Lunatic asylums Punjab 1868-1880 - 1868-1880
Year: 1868
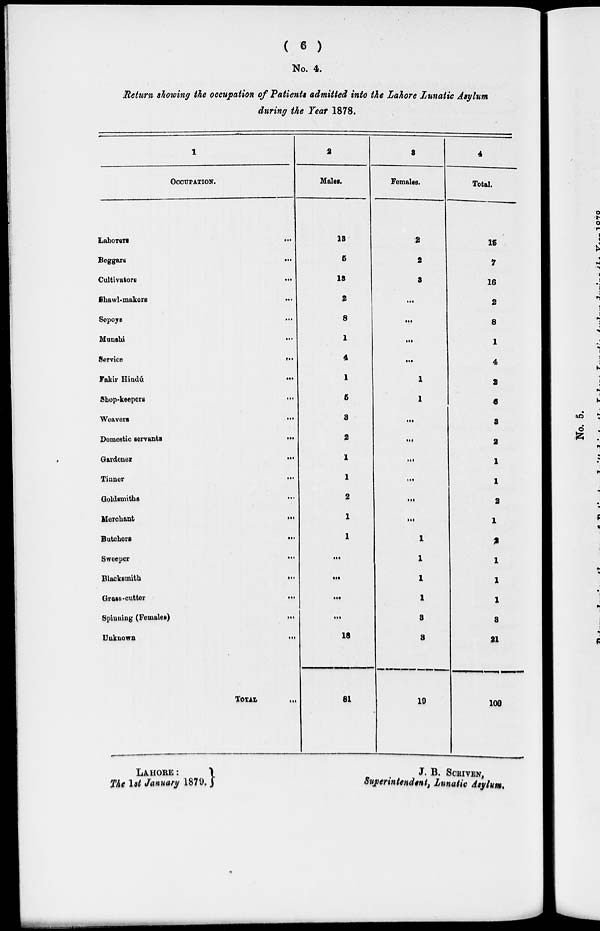
( 6 )
No. 4.
Return showing the occupation of Patients admitted into the Lahore Lunatic Asylum
during the Year 1878.
1
OCCUPATION.
Laborers
...
Beggars
...
Cultivators
...
Shawl-makers...
Sepoys ...
Munshi
...
Service
...
Fakir
Hindú
...
Shop-keepers ...
Weavers
...
Domestic servants
...
Gardener
...
Tinner ...
Goldsmiths
...
Merchant
...
Butchers
...
Sweeper
...
Blacksmith
...
Grass-cutter
...
Spinning (Females)
...
Unknown
...
TOTAL ...
2
Males.
13
6
18
2
8
1
4
1
6
8
2
1
1
2
1
1
...
...
...
...
18
81
3
Females.
2
2
8
...
...
...
...
1
1
...
...
...
...
...
...
1
1
1
1
8
8
10
4
Total.
16
7
16
2
8
1
4
2
6
8
2
1
1
2
1
2
1
1
1
8
21
100
LAHORE :
J. B. SCRIVEN,
The 1st January 1879.
Superintendent, Lunatic Asylum.